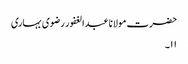
حضرت مولانا عبدالغفور رضوی بہاری
۱۱۔